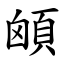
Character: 䪿